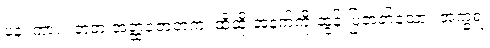
ပန၊ ကား။ တံတံ အတ္ထဇောတကံ၊ ထိုထို အနက်ကို ထွန်းပြတတ်သော။ အက္ခရံ၊